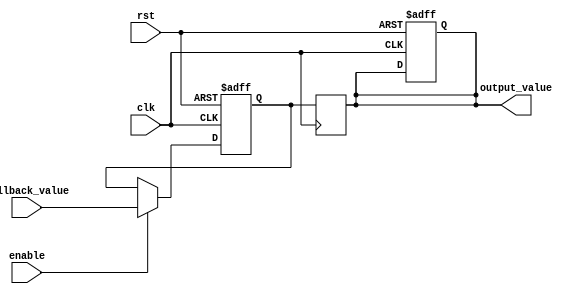
module Fallback_Bypass_register (
    input wire clk,
    input wire rst,
    input wire enable,
    input wire [7:0] fallback_value,
    output reg [7:0] output_value
);

reg [7:0] register_value;

always @ (posedge clk or posedge rst) begin
    if (rst) begin
        register_value <= 8'h00; // initialize register to 0
        output_value <= 8'h00; // initialize output to 0
    end else if (enable) begin
        register_value <= fallback_value;
    end
end

always @ (posedge clk) begin
    output_value <= register_value;
end

endmodule